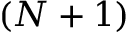
( N + 1 )